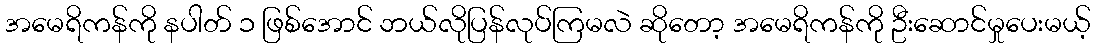
အမေရိကန်ကို နပါတ် ၁ ဖြစ်အောင် ဘယ်လိုပြန်လုပ်ကြမလဲ ဆိုတော့ အမေရိကန်ကို ဦးဆောင်မှုပေးမယ့်